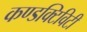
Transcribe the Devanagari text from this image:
कण्डक्टिविटी